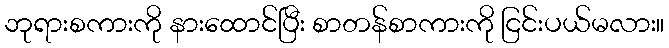
ဘုရားစကားကို နားထောင်ပြီး စာတန်စာကားကို ငြင်းပယ်မလား။